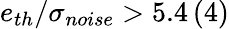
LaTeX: e_{th}/\sigma_{noise}>5.4\, (4)